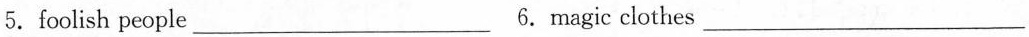
5.foolish people___ 6.magic clothes___